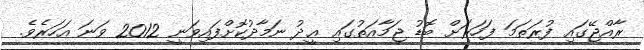
ރާއްޖޭގައި ފުރަތަމަ ފަހަރަށް ބޮޑު ޖަމާއަތުގައި ޢީދު ނަމާދުކޮށްފައިވަނީ 2012 ވަނަ އަހަރެވެ.